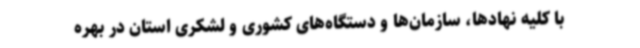
با کلیه نهادها، سازمان‌ها و دستگاه‌های کشوری و لشکری استان در بهره